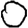
Digit: 0